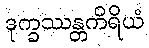
ဒုက္ခဿန္တကိရိယံ